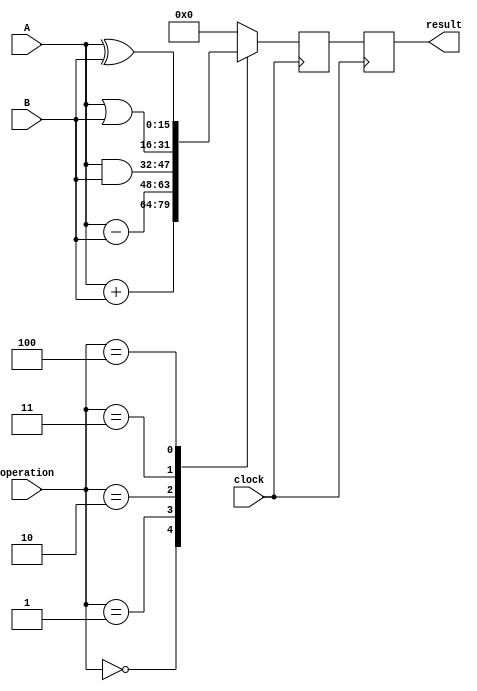
module ALU (
    input [15:0] A,
    input [15:0] B,
    input [2:0] operation,
    output reg [15:0] result,
    input clock
);

reg [15:0] temp_result;

always @(posedge clock) begin
    case(operation)
        3'b000: temp_result <= A + B; // addition
        3'b001: temp_result <= A - B; // subtraction
        3'b010: temp_result <= A & B; // bitwise AND
        3'b011: temp_result <= A | B; // bitwise OR
        3'b100: temp_result <= A ^ B; // bitwise XOR
        default: temp_result <= 16'b0;
    endcase
end

always @(posedge clock) begin
    result <= temp_result;
end

endmodule